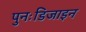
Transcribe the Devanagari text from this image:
पुनःडिजाइन